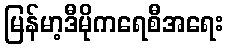
မြန်မာ့ဒီမိုကရေစီအရေး